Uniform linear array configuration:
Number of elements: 16
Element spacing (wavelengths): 1
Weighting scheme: cosine
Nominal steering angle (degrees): -15
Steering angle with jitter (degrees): -16.381
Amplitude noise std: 0.05
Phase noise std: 0.05

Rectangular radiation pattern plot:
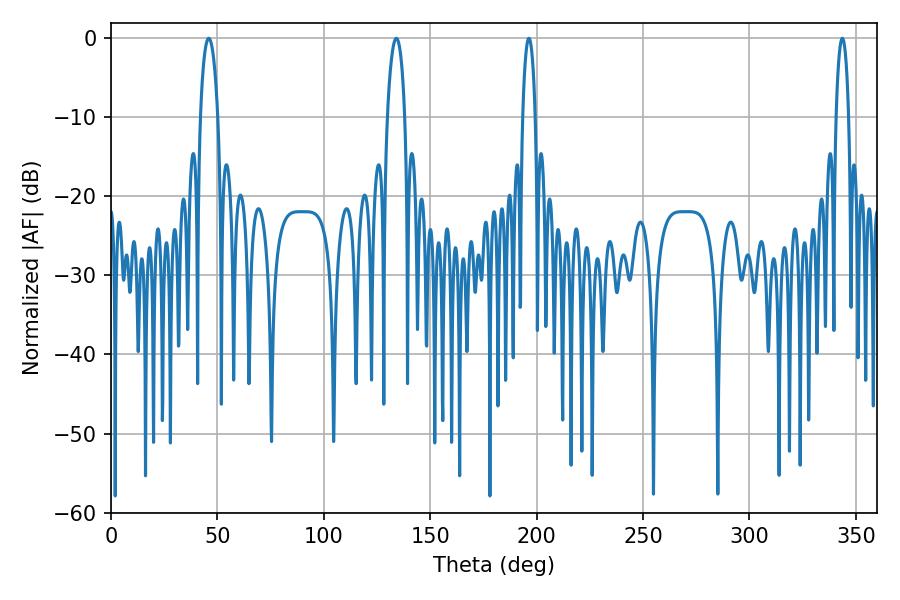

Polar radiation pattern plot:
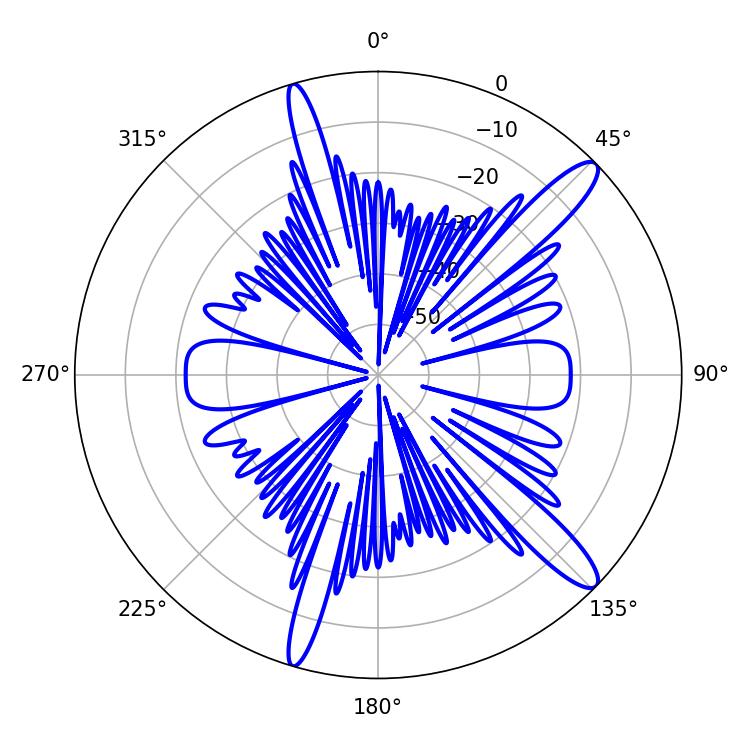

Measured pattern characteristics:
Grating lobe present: TRUE
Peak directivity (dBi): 13.369
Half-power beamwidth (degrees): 4.5
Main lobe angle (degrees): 45.9